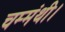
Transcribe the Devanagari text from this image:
चम्मंथी।